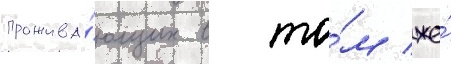
прожива́ющих в то́м же́